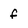
Character: f